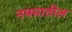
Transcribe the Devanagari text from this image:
नफ्यातील